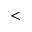
<